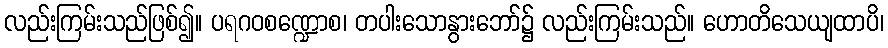
လည်းကြမ်းသည်ဖြစ်၍။ ပရဂဝစဏ္ဍောစ၊ တပါးသောနွားဘော်၌ လည်းကြမ်းသည်။ ဟောတိသေယျထာပိ၊